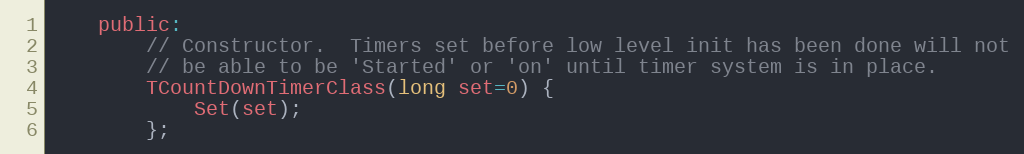
Language: C
	public:
		// Constructor.  Timers set before low level init has been done will not
		// be able to be 'Started' or 'on' until timer system is in place.
		TCountDownTimerClass(long set=0) {
			Set(set);
		};